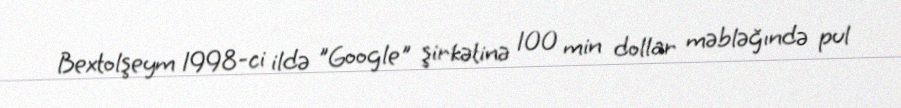
Bextolşeym 1998-ci ildə "Google" şirkətinə 100 min dollar məbləğındə pul